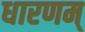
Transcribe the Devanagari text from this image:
धारणम्